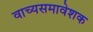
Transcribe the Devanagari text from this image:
वाच्यसमावेशक